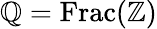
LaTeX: \mathbb{Q}=\operatorname{Frac}(\mathbb{Z})